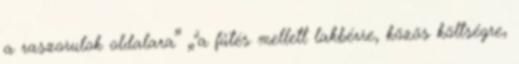
a raszorulok oldalara” „"a fűtés mellett lakbérre, közös költségre,